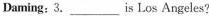
Daming： 3.___is Los Angeles?